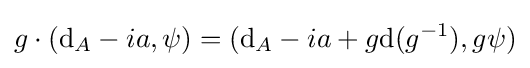
g\cdot (\mathrm {d} _{A}-ia,\psi )=(\mathrm {d} _{A}-ia+g\mathrm {d} (g^{-1}),g\psi )